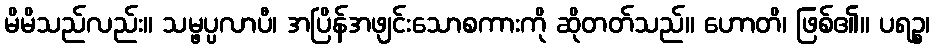
မိမိသည်လည်း။ သမ္ဖပ္ပလာပီ၊ အပြိန်အဖျင်းသောစကားကို ဆိုတတ်သည်။ ဟောတိ၊ ဖြစ်၏။ ပရဉ္စ၊